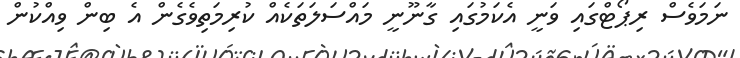
ނަމަވެސް ރިޕޯޓްގައި ވަނީ އެކަމުގައި ގާނޫނީ މައްސަލަތަކެއް ކުރިމަތިވެގެން އެ ބިން ވިއްކުން